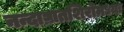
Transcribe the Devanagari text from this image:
नन्दाघ्रातशिरोमध्यः